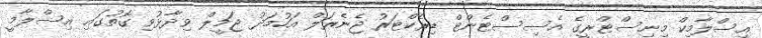
އިސްލާމިކް މިނިސްޓްރީގެ އެސިސްޓެންޓް ޑިރެކްޓަރު ޖެނެރަލް އަހުމަދު ޖަމީލް ވިދާޅުވި ގޮތުގައި އިސްލާމީ